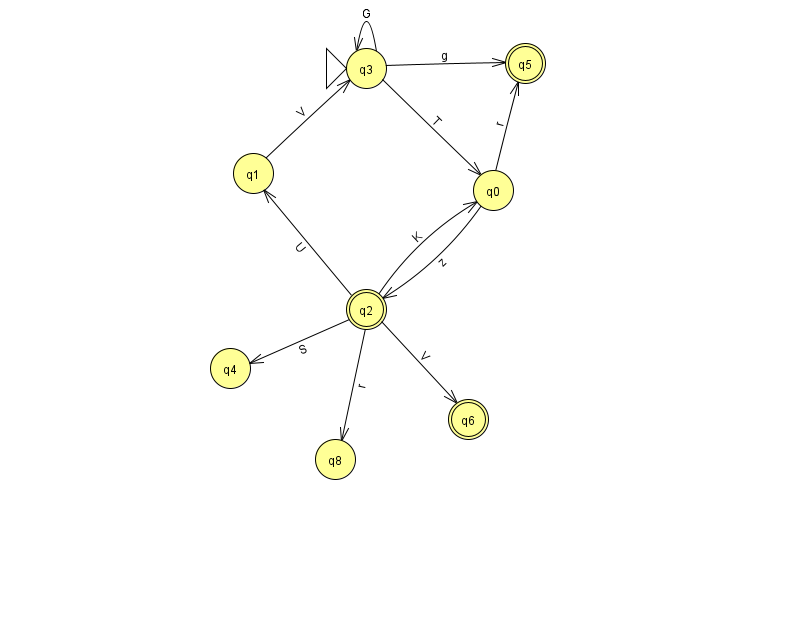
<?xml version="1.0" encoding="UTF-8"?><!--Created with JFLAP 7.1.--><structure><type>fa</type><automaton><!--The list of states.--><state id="0" name="q0"><x>493.0</x><y>177.0</y></state><state id="1" name="q1"><x>253.0</x><y>160.0</y></state><state id="2" name="q2"><x>366.0</x><y>296.0</y><final/></state><state id="3" name="q3"><x>366.0</x><y>55.0</y><initial/></state><state id="4" name="q4"><x>230.0</x><y>355.0</y></state><state id="5" name="q5"><x>525.0</x><y>50.0</y><final/></state><state id="6" name="q6"><x>468.0</x><y>406.0</y><final/></state><state id="8" name="q8"><x>335.0</x><y>446.0</y></state><!--The list of transitions.--><transition><from>0</from><to>5</to><read>r</read></transition><transition><from>2</from><to>4</to><read>S</read></transition><transition><from>1</from><to>3</to><read>V</read></transition><transition><from>2</from><to>6</to><read>V</read></transition><transition><from>2</from><to>8</to><read>r</read></transition><transition><from>3</from><to>3</to><read>G</read></transition><transition><from>2</from><to>0</to><read>K</read></transition><transition><from>0</from><to>2</to><read>z</read></transition><transition><from>3</from><to>0</to><read>T</read></transition><transition><from>3</from><to>5</to><read>g</read></transition><transition><from>2</from><to>1</to><read>U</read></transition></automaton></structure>